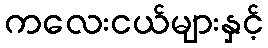
ကလေးငယ်များနှင့်